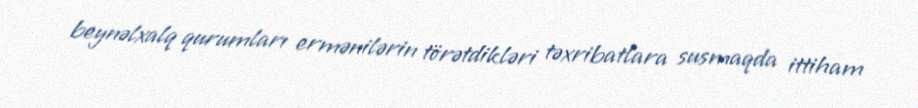
beynəlxalq qurumları ermənilərin törətdikləri təxribatlara susmaqda ittiham